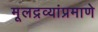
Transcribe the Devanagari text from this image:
मूलद्रव्यांप्रमाणे